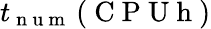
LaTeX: t_{\mathrm{~n~u~m~}}\left(\mathrm{~C~P~U~h~}\right)